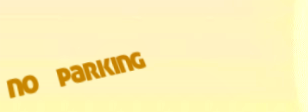
no parking